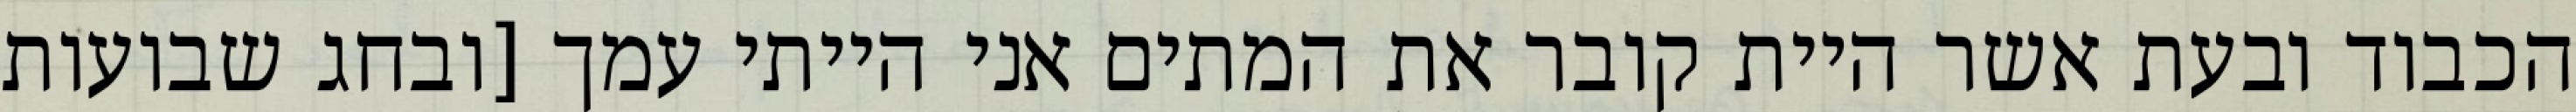
הכבוד ובעת אשר היית קובר את המתים אני הייתי עמך [ובחג שבועות